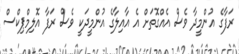
ރަފާގެ އުންމީދާ ވެސް އެއްގޮތަށް އެ އާއިލާގެ އުންމީދަކީ ވެސް ރަފާ އޮލިމްޕިކްސް